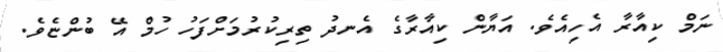
ނަމް ކިއާރާ އެހިއެވެ. އަޔާން ކިއާރާގެ އެނދު ތިރިކުރުމަށްފަހު ހުމް އޭ ބުންޏެވެ.